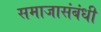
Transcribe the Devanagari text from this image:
समाजासंबंधी